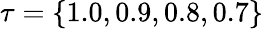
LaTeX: \tau=\{ 1.0,0.9,0.8,0.7\}